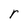
Character: r